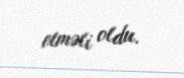
etməli oldu.